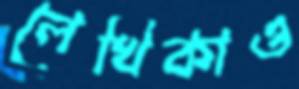
লেখিকাও